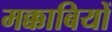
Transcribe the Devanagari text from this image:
मक्काबियों